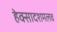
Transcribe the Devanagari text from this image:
हेक्सादशमलव